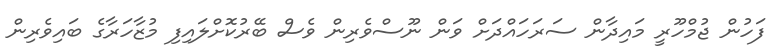
ފަހުން ޖުމްހޫރީ މައިދާން ސަރަހައްދަށް ވަން ނޫސްވެރިން ވެސް ބޭރުކޮށްލައިފި މުޒާހަރާގެ ބައިވެރިން